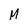
Character: M